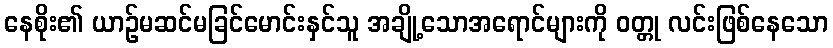
နေစိုး၏ ယာဉ်မဆင်မခြင်မောင်းနှင်သူ အချို့သောအရောင်များကို ဝတ္တု လင်းဖြစ်နေသော